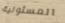
المسئولية